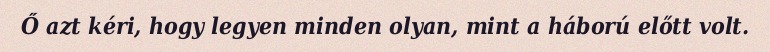
Ő azt kéri, hogy legyen minden olyan, mint a háború előtt volt.